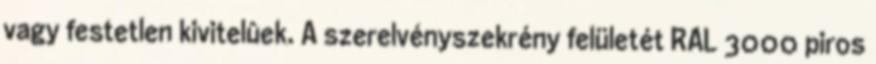
vagy festetlen kivitelûek. A szerelvényszekrény felületét RAL 3000 piros